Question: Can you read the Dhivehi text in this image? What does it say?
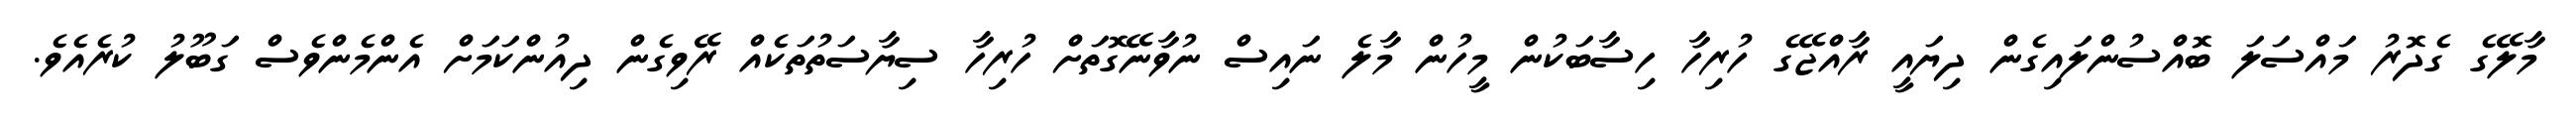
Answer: މާލޭގެ ގެދޮރު މައްސަލަ ބޮއްސުންލައިގެން ދިޔައީ ރާއްޖޭގެ ހުރިހާ ހިސާބަކުން މީހުން މާލެ ނައިސް ނުވާނޭގޮތަށް ހުރިހާ ސިޔާސަތުތަކެއް ރޭވިގެން ދިއުންކަމަށް އެންމެންވެސް ގަބޫލު ކުރެއެވެ.